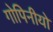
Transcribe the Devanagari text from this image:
गोपिनीयो